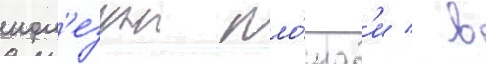
пол'езнои пло́щад'и / в